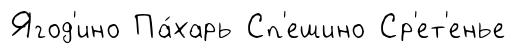
Ягод'ино Па́харь Сп'ешино Ср'ет'енье